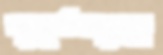
মুহূর্তজুড়ে